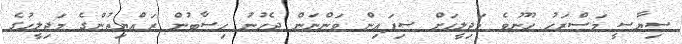
ސިޔާސީ މަސްރަހު ހޫނުވެ މަޖިލީހަށް ސިފައިން ވަންނަން ޖެހުނު ހިސާބުން ރައްޔިތުންގެ މަޖިލީހުގެ